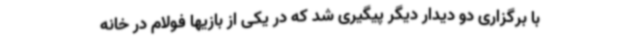
با برگزاری دو دیدار دیگر پیگیری شد که در یکی از بازیها فولام در خانه